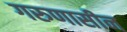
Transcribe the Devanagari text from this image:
गरुणासीन